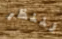
لننظر